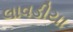
લાવડીયા